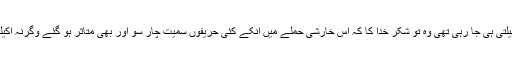
لیکن اس مرتبہ والا حملہ ایسا شدید تھا کہ بیماری پھیلتی ہی جا رہی تھی وہ تو شکر خدا کا کہ اس خارشی حملے میں انکے کئی حریفوں سمیت چار سو اور بھی متاثر ہو گئے وگرنہ اکیلے اس کھجلی سے نمٹنا ان کے بس کی بات نہ تھی۔